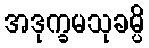
အဒုက္ခမသုခမ္ပိ